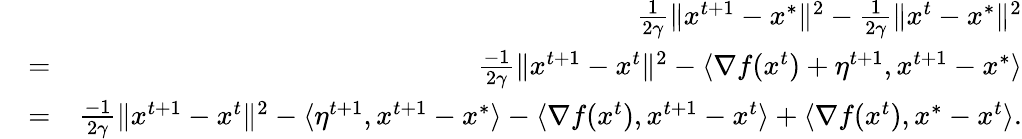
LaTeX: \begin{array}{rlr}&{}&{\frac{1}{2\gamma}\Vert x^{t+1}-x^{*}\Vert^{2}-\frac{1}{2\gamma}\Vert x^{t}-x^{*}\Vert^{2}}\\ &{=}&{\frac{-1}{2\gamma}\Vert x^{t+1}-x^{t}\Vert^{2}-\langle\nabla f(x^{t})+\eta^{t+1},x^{t+1}-x^{*}\rangle}\\ &{=}&{\frac{-1}{2\gamma}\Vert x^{t+1}-x^{t}\Vert^{2}-\langle\eta^{t+1},x^{t+1}-x^{*}\rangle-\langle\nabla f(x^{t}),x^{t+1}-x^{t}\rangle+\langle\nabla f(x^{t}),x^{*}-x^{t}\rangle.}\end{array}